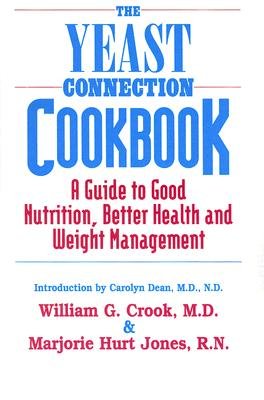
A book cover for The Yeast Connection Cookbook: A Guide to Good Nutrition and Better Health [YEAST CONNECTION CKBK]; Health, Fitness & Dieting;